Indian journal of veterinary science and animal husbandry - Volume 4,
Year: 1934
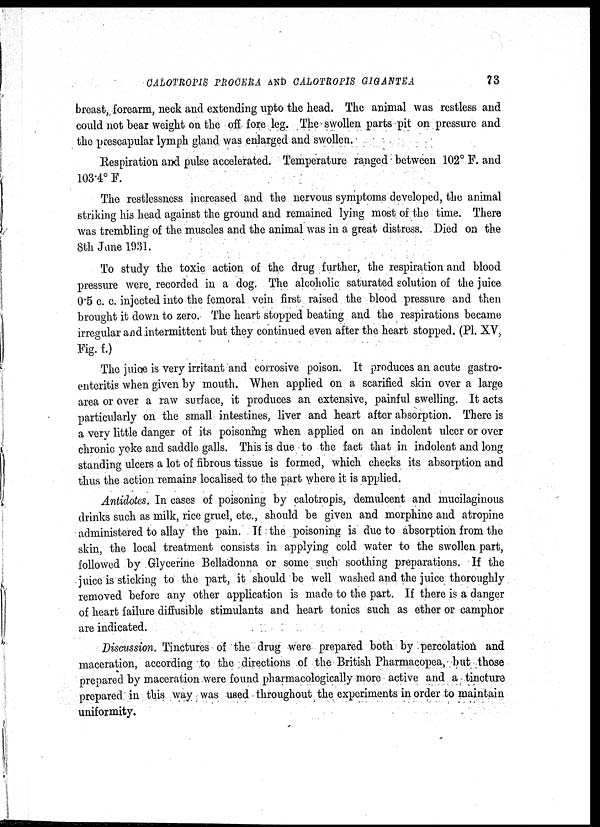
CALOTROPIS PROCERA AND CAL0TROPIS G1GANTEA
73
breast„ forearm, neck and extending upto the head. The animal was restless and
could not bear weight on the off fore leg. The swollen parts pit on pressure and
the prescapular lymph gland was enlarged and swollen.
Respiration and pulse accelerated. Temperature ranged between 102° F. and
103.4° F.
The restlessness increased and the nervous symptoms developed, the animal
striking his head against the ground and remained lying most of the time. There
was trembling of the muscles and the animal was in a great distress. Died on the
8th June 1931.
To study the toxic action of the drug further, the respiration and blood
pressure were recorded in a dog. The alcoholic saturated solution of the juice
0.5 c. c. injected into the femoral vein first raised the blood pressure and then
brought it down to zero. The heart stopped beating and the respirations became
irregular and intermittent but they continued even after the heart stopped. (PI. XV,
Fig.f.)
The juice is very irritant and corrosive poison. It produces an acute gastro-
enteritis when given by mouth. When applied on a scarified skin over a large
area or over a raw surface, it produces an extensive, painful swelling. It acts
particularly on the small intestines, liver and heart after absorption. There is
a very little danger of its poisoning when applied on an indolent ulcer or over
chronic yoke and saddle galls. This is due to the fact that in indolent and long
standing ulcers a lot of fibrous tissue is formed, which checks its absorption and
thus the action remains localised to the part where it is applied.
Antidotes. In cases of poisoning by calotropis, demulcent and mucilaginous
drinks such as milk, rice gruel, etc., should be given and morphine and atropine
administered to allay the pain. If the poisoning is due to absorption from the
skin, the local treatment consists in applying cold water to the swollen part,
followed by Glycerine Belladonna or some such soothing preparations. If the
juice is sticking to the part, it should be well washed and the juice thoroughly
removed before any other application is made to the part. If there is a danger
of heart failure diffusible stimulants and heart tonics such as ether or camphor
are indicated.
Discussion. Tinctures of the drug were prepared both by percolation and
maceration, according to the directions of the British Pharmacopea, but those
prepared by maceration were found pharmacologically more active and a tincture
prepared in this way was used throughout the experiments in order to maintain
uniformity.